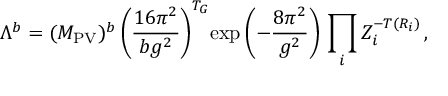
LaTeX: \Lambda ^ { b } = ( M _ { \mathrm { P V } } ) ^ { b } \left( \frac { 1 6 \pi ^ { 2 } } { b g ^ { 2 } } \right) ^ { T _ { G } } \! \exp \left( - \frac { 8 \pi ^ { 2 } } { g ^ { 2 } } \right) \, \prod _ { i } Z _ { i } ^ { - T ( R _ { i } ) } \, ,